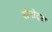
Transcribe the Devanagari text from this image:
सेनोट्स